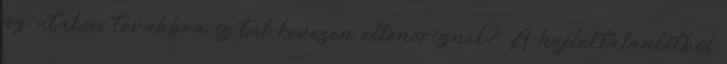
az utakon továbbra is túl kevesen ellenőriznek? A hajléktalanlétből